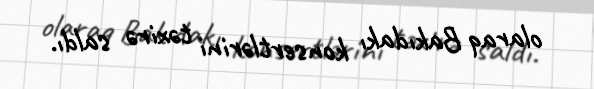
olaraq Bakıdakı konsertlərini təxirə saldı.